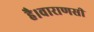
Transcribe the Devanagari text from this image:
है।वाराणसी